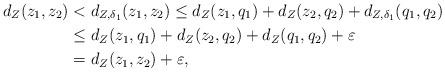
LaTeX: \begin{align*}d_Z(z_1,z_2) & < d_{Z,{\delta_1}}(z_1,z_2) \leq d_Z(z_1,q_1)+ d_Z(z_2,q_2) + d_{Z,\delta_1}(q_1,q_2)\\ &\leq d_Z(z_1,q_1)+ d_Z(z_2,q_2) + d_{Z}(q_1,q_2) + \varepsilon\\ & = d_Z(z_1,z_2)+ \varepsilon,\end{align*}